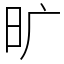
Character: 旷